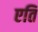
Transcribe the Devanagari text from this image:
एति